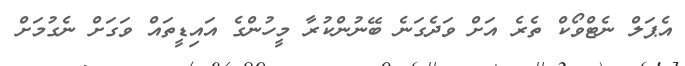
އެޕަލް ނެޓްވޯކް ތެރެ އަށް ވަދެގަނެ ބޭނުންކުރާ މީހުންގެ އައިޑީތައް ވަގަށް ނެގުމަށް